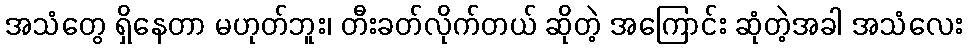
အသံတွေ ရှိနေတာ မဟုတ်ဘူး၊ တီးခတ်လိုက်တယ် ဆိုတဲ့ အကြောင်း ဆုံတဲ့အခါ အသံလေး